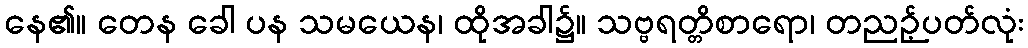
နေ၏။ တေန ခေါ ပန သမယေန၊ ထိုအခါ၌။ သဗ္ဗရတ္တိစာရော၊ တညဉ့်ပတ်လုံး